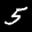
Label: 5